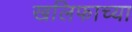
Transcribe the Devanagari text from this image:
खलिफाच्या